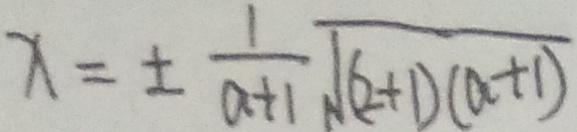
x = \pm \frac { 1 } { a + 1 } \sqrt { ( 2 + 1 ) ( a + 1 ) }